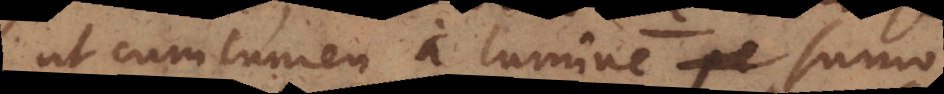
ut cum lumen a lumine pe sumo